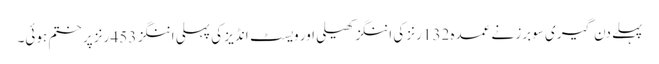
پہلے دن گیری سوبرز نے عمدہ 132 رنز کی اننگز کھیلی اور ویسٹ انڈیز کی پہلی اننگز 453 رنز پر ختم ہوئی۔